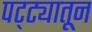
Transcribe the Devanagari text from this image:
पट्ट्यातून